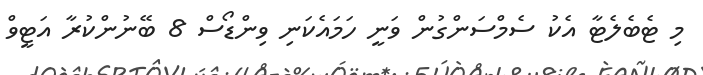
މި ޓެބެލެޓާ އެކު ސެމްސަންގުން ވަނީ ހަމައެކަނި ވިންޑޯސް 8 ބޭނުންކުރާ އަޓީވް